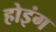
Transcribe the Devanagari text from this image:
होइंग